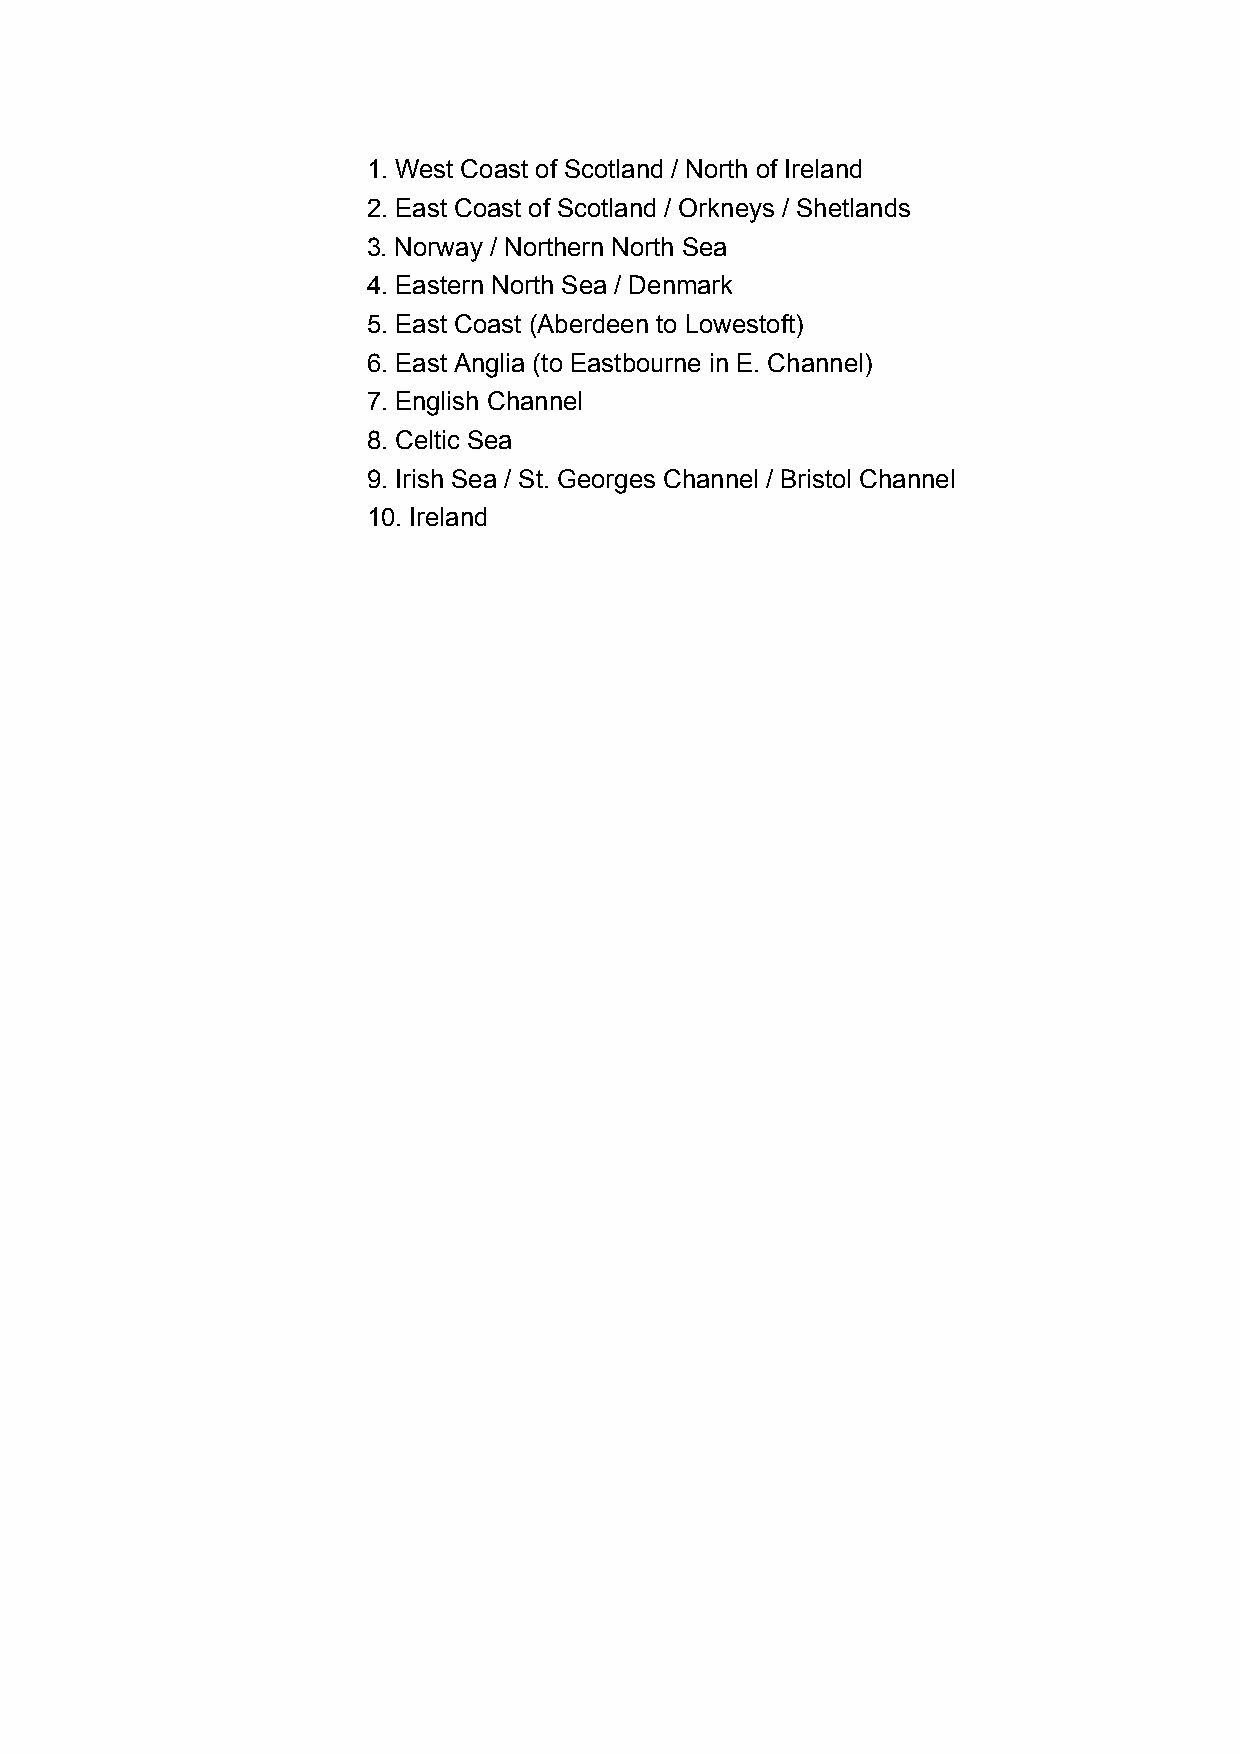
1. West Coast of Scotland / North of Ireland
 2. East Coast of Scotland / Orkneys / Shetlands
 3. Norway / Northern North Sea
 4. Eastern North Sea / Denmark
 5. East Coast (Aberdeen to Lowestoft)
 6. East Anglia (to Eastbourne in E. Channel)
 7. English Channel
 8. Celtic Sea
 9. Irish Sea / St. Georges Channel / Bristol Channel
 10. Ireland